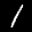
Label: 1